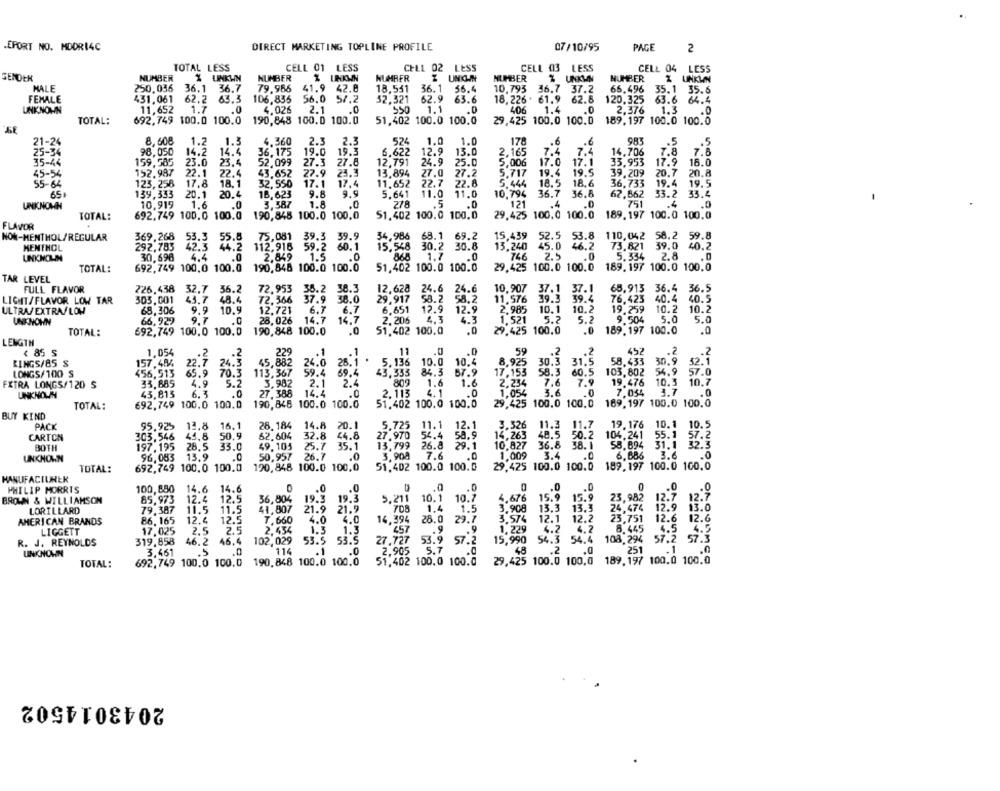
.EPORT NO. MDDR14C
DIRECT MARKETING TOPLINE PROFILE
07/10/95
PAGE
2
TOTAL LESS
CELL 01 LESS
CELL 02 LESS
CELL 03 LESS
CELL 04 LESS
GENDEK
NUMBER
% UNKWN
NUMBER
NUMBER
UNION
NUMBER
% UNKMN
NUMBER
I UNKWN
MALE
250.036 36.1 36.7
79.986
41.9 42.8
18.531
65.496
36.1 56.4
10.793 36.7 37.2
35.1
35.6
FEMALE
431.061
62.2
63.3
106,835
56.0 57.2
52.321
62.9
63.6
18, 226 . 61.9
62.8
120.325
63.6
64.4
UNKNOWN
11,652
1.7
4,026
2.1
.0
550
1.1
406
1.4
.0
2.376
1.3
.0
692,749 100.0 100.0
190,848 100.0 100.0
TOTAL:
51,402 100.0 100.0
29,425 100.0 100.0
189,197 100.0 100.0
8,608
1.2
1.3
4.360
2.3
2.3
524
1.0
1.0
178
.6
.6
983
.5
14.2
19.0
19.3
12.9
7.4
7.8
7.6
98,050
14.4
36,175
6.622
13.0
2,165
7.4
14,706
159,585
23.0
23.4
52,099
27.3
27.8
12,791
24.9
25.0
5,006
17.0
17.1
33,953
17.9
16.0
45-54
152.987
22.1
22.4
43.652
27.9
23.3
13,894
27.0
27.2
5,717
19.4
19.5
39,209
20.7
20.8
123,258
17.8
18.1
17.1
17.4
11.652
22.7
22.8
5.444
18.5
18.6
36,733
19.4
19.5
55-64
32.550
65,
139,333
20.1
20.4
16,623
9.8
9.9
5.641
11.0
11.0
10.794
36.7
36.8
62,662
53.2
33.4
-
UNKNOWN
10,919
1.6
.0
3.387
1.8
.0
278
.5
.0
121
.4
.. 0
751
.4
.0
692,749 100,0 100.0
190,848 100.0 100,0
51.402 100.0 100.0
29.425 100,0 100.0
189.197 100.0 100.0
TOTAL:
FLAVOR
NON-MENTHOL/REGULAR
369.268
53.3
55.8
75,081 39.3 39.9
34,986
68.1 69.2
15,439
52.5 53.8
110,042
58.2
59.8
292.783
13.240
45.0
46.2
73.821
39.0
40.2
MENTHOL
42.3 44.2
112,918 59.2 60.1
15.548
30.2 30.8
UNKNOLIN
30,696
4.4
.0
2.849
1.5
.0
1.7
.0
746
2.5
.0
5.334
2.8
TOTAL:
692,749 100,0 100.0
190,848 100.0 100.0
51,402 100.0 100.0
29,425 100.0 100.0
189.197 100.0 100.0
TAR LEVEL
FULL FLAVOR
226.438
32.7 36.2
72.953
35.2 38.3
12,628
24.6
24.6
10.907
37.1
37.1
65.913 36.4
36.5
LIGHT/FLAVOR LOW TAR
303,001
43.7
48.4
72.366
37.9 38.0
29,917
58.2
58.2
11.576
39.3
39.4
76.423 40.4
40.5
10.9
6.7
6.7
6,651
12.9
12.9
2.985
10.1
10.2
19,259
10.2
10.2
ULTRA/EXTRAFLOW
68,306
9.9
12.721
UNKNOWN
66,929
9.7
28,026 14.7
14.7
2.206
4.3
4.3
1.521
5.2
5.2
9.504
5.0
5.0
TOTAL:
692,749 100,0 100.0
190,848 100.0
.0
51,402 100.0
.0
29.425 100.0
.0
189.197 100.0
.0
LENGTH
< 85 S
1.054
.. 2
.. 2
229
.1
.1
11
.0
59
.2
.2
452
.2
.2
RINGS/85 S
157.484
22.7
24.3
45,882
24.0
5.136
10.0
10.4
8.925
30.3
31.5
58.433
30.9
52.1
LONGS/100 S
456,513
65.9 70.3
113,367
59.4
69.4
43.333
84.3
57.9
17.153
58.3
60.5
103.802
54.9
57.0
809
7.6
10.3
10.7
FXTRA LONGS/120 S
33.885
4.9
5.2
3,982
2.1
2.4
1.6
1.6
2,234
7.9
19.476
UNKNOWN
43,813
6.3
.0
27.388
14.4
.0
2,113
4.1
.0
1.054
3.6
7.054
1.7
.0
692,749 100,0 100.0
190,845 100.0 100.0
51.402 100.0 100.0
29,425
100.0 100.0
169,197 100.0 100.0
TOTAL:
BUY KIND
PACK
95.925
13.8
16.1
28.184
14.8
20.1
5.725 11.1
12.1
3.326
11.3 11.7
19.176
10.1
10.5
CARTON
303.546
44.8
50.9
62.604
32.8
44.8
27.970
58.9
14,263
48.5 50.2
104,241
55. 1
57.2
13,799
10,827
58.894
31.1
32.3
BOTH
197.195
28.5
33.0
49,103
25.7 35.1
26.8
29.1
36.8 38. 1
UNKNOWN
96.083
13.9
.0
50,957
26.7
.0
3.908
7.6
.0
1.009
3.4
.0
6.886
3.6
.0
692,749 100.0 100.0
190,848 100.0 100.0
51.402 100.0 100.0
29.425 100.0 100.0
189,197 100.0 100.0
TOTAL:
MANUFACTURER
PHILIP MORRIS
100,850
14.6
14.6
O
.. 0
.0
.0
.0
.0
BROWN & WILLIAMSON
12.4
12.5
36,804
19.3
19.3
5.211
10.1
10.7
4.676
15.9
15.9
23,982
12.7
12:7
85.973
708
3.908
13.3
24.474
12.9
13.0
LORILLARD
79.387
11.5
11.5
41,807
21.9
21.9
1.4
1.5
13.3
AMERICAN BRANDS
86.165
12.4
12.5
T,660
4.0
4.0
14,394
28.0
29.7
3.574
12.1
12.2
23,751
12.6
12.6
17.025
2.5
2.5
2,454
1.3
1.3
457
.9
.9
1.229
6.2
4.2
8.445
4.5
4.5
LIGGETT
53.5
53.9
54.3
54.4
108.294
57.2
57.3
R. J. REYNOLDS
319.858
46.2
46.4
102,029
53.5
27.727
57.2
15,990
UNKNOWN
3,461
.5
.0
114
.1
.0
2,905
5.7
48
.2
.0
251
.1
.0
692,749 100.0 100.0
190,848 100.0 100.0
51,402 100.0 100.0
29,425 100.0 100,0
189,197 100.0 100.0
TOTAL:
2043014502